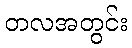
တလအတွင်း